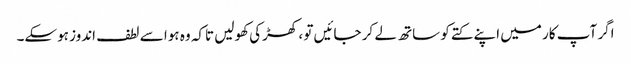
اگر آپ کار میں اپنے کتے کو ساتھ لے کر جائیں تو ، کھڑکی کھولیں تاکہ وہ ہوا سے لطف اندوز ہوسکے۔